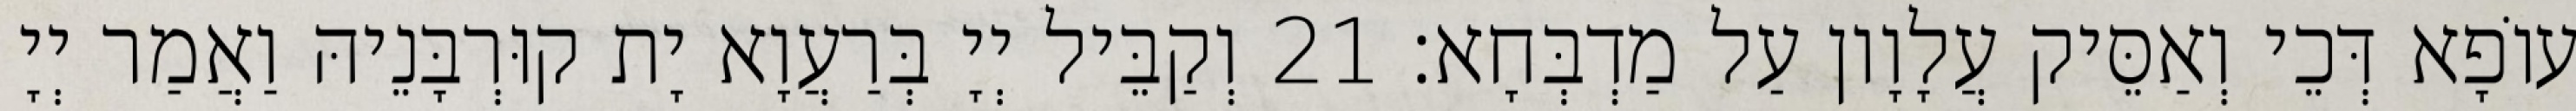
עוֹפָא דְּכֵי וְאַסֵּיק עֲלָוָון עַל מַדְבְּחָא׃ 21 וְקַבֵּיל יְיָ בְּרַעֲוָא יָת קוּרְבָּנֵיהּ וַאֲמַר יְיָ